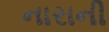
નારાની